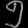
Digit: ၅